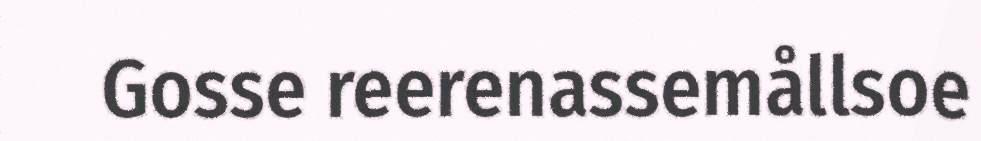
Gosse reerenassemållsoe